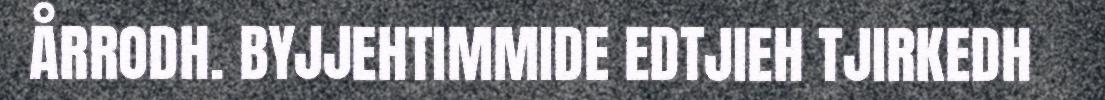
ÅRRODH. BYJJEHTIMMIDE EDTJIEH TJIRKEDH